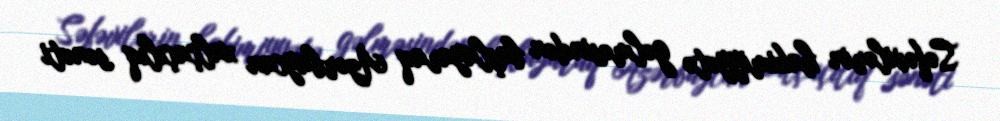
Səfəvilərin hakimiyyətə gəlməsindən başlayaraq Azərbaycan xalçaçılıq sənəti